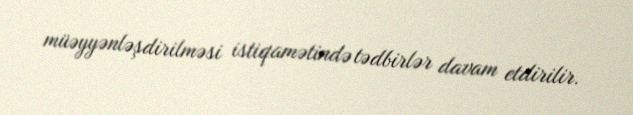
müəyyənləşdirilməsi istiqamətində tədbirlər davam etdirilir.